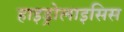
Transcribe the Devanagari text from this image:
हाइड्रोलाइसिस